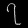
Digit: ၇